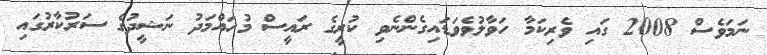
ނަމަވެސް 2008 ގައި ވެރިކަމާ ހަވާލުވެވަޑައިގެންނެވި ކުރީގެ ރައީސް މުހައްމަދު ނަޝީދުގެ ސަރުކާރުގައި